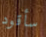
سأقود